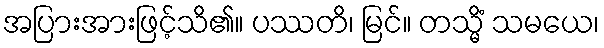
အပြားအားဖြင့်သိ၏။ ပဿတိ၊ မြင်။ တသ္မိံ သမယေ၊